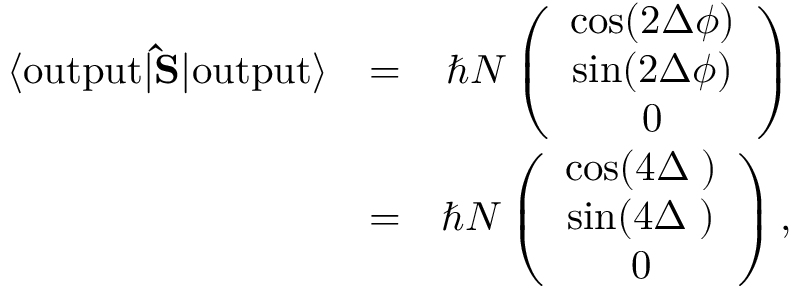
\begin{array} { r l r } { \langle \mathrm { o u t p u t } | { \bf \hat { S } } | \mathrm { o u t p u t } \rangle } & { = } & { \hbar N \left( \begin{array} { c } { \cos ( 2 \Delta \phi ) } \\ { \sin ( 2 \Delta \phi ) } \\ { 0 } \end{array} \right) } \\ & { = } & { \hbar N \left( \begin{array} { c } { \cos ( 4 \Delta { \it \Psi } ) } \\ { \sin ( 4 \Delta { \it \Psi } ) } \\ { 0 } \end{array} \right) , } \end{array}